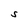
Character: S